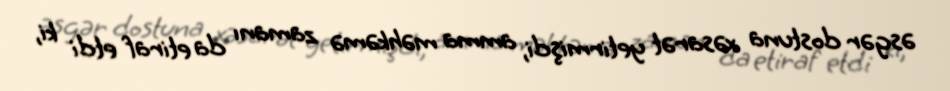
əsgər dostuna xəsarət yetirmişdi, amma məhkəmə zamanı da etiraf etdi ki,